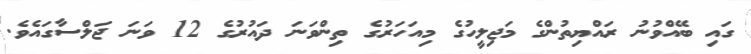
ގައި ބޭއްވުނު ރައްޔިތުންގެ މަޖިލީހުގެ މިއަހަރުގެ ތިންވަނަ ދައުރުގެ 12 ވަނަ ޖަލްސާގައެވެ.